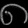
Digit: ၈